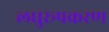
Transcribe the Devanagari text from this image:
लघुरूपकरण